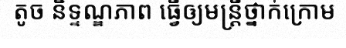
តូច និទ្ទណ្ឌភាព ធ្វើឲ្យមន្ត្រីថ្នាក់ក្រោម